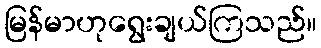
မြန်မာဟုရွေးချယ်ကြသည်။